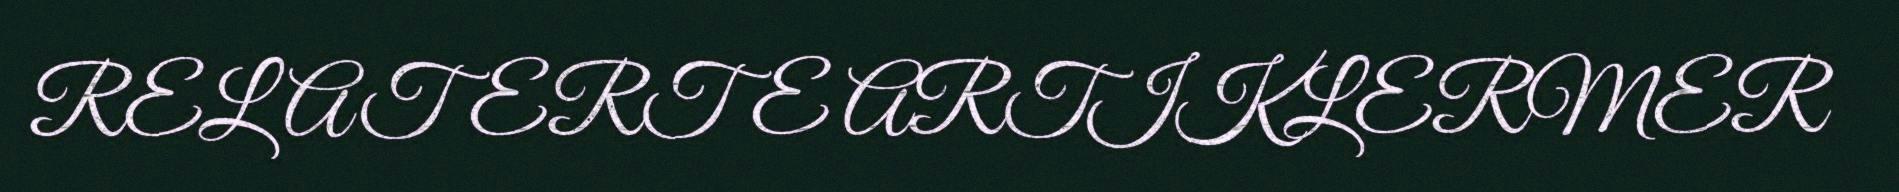
RELATERTE ARTIKLERMER